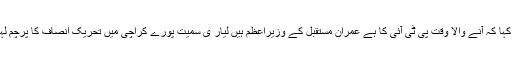
انہوں نے کہا کہ آنے والا وقت پی ٹی آئی کا ہے عمران مستقبل کے وزیراعظم ہیں لیار ی سمیت پورے کراچی میں تحریک انصاف کا پرچم لہرادینگے ۔